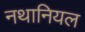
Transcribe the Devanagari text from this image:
नथानियल